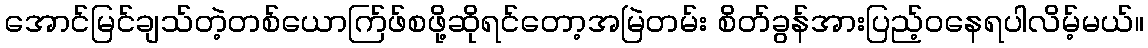
အောင်မြင်ချသ်တဲ့တစ်ယောက်ြဖ်စဖို့ဆိုရင်တော့အမြဲတမ်း စိတ်ခွန်အားပြည့်ဝနေရပါလိမ့်မယ်။